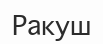
Ракуш